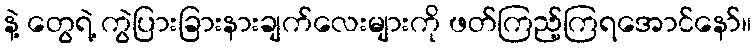
နဲ့ တွေရဲ့ ကွဲပြားခြားနားချက်လေးများကို ဖတ်ကြည့်ကြရအောင်နော်။